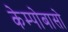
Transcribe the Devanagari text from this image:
केम्पोबासो